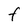
Character: F